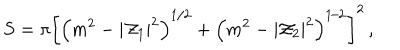
LaTeX: S = \pi \left[ \left( m ^ { 2 } - | { \cal Z } _ { 1 } | ^ { 2 } \right) ^ { 1 / 2 } + \left( m ^ { 2 } - | { \cal Z } _ { 2 } | ^ { 2 } \right) ^ { 1 / 2 } \right] ^ { 2 } \, ,